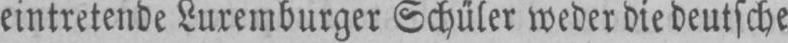
eintretende Luxemburger Schüler weder die deutsche